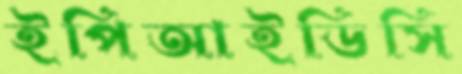
ইপিআইডিসি